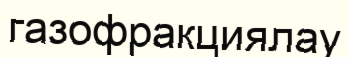
газофракциялау